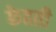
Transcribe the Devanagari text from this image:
केहती